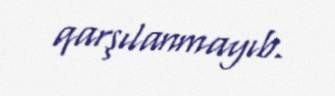
qarşılanmayıb.